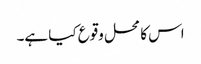
اس کا محل وقوع کیا ہے۔